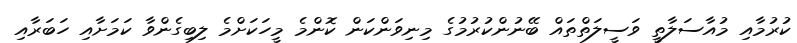
ކުރުމާއި މުއާސަލާތީ ވަސީލަތްތައް ބޭނުންކުރުމުގެ މިނިވަންކަން ކޮންމެ މީހަކަށްމެ ލިބިގެންވާ ކަމަށާއި ހަބަރާއި